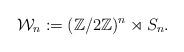
LaTeX: \begin{align*}\mathcal{W}_n:=(\mathbb{Z}/2\mathbb{Z})^n\rtimes S_n .\end{align*}